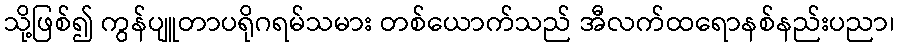
သို့ဖြစ်၍ ကွန်ပျူတာပရိုဂရမ်သမား တစ်ယောက်သည် အီလက်ထရောနစ်နည်းပညာ၊